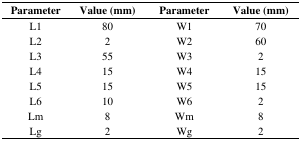
<table><thead><tr><td><b>Parameter</b></td><td><b>Value (mm)</b></td><td><b>Parameter</b></td><td><b>Value (mm)</b></td></tr></thead><tbody><tr><td>L1</td><td>80</td><td>W1</td><td>70</td></tr><tr><td>L2</td><td>2</td><td>W2</td><td>60</td></tr><tr><td>L3</td><td>55</td><td>W3</td><td>2</td></tr><tr><td>L4</td><td>15</td><td>W4</td><td>15</td></tr><tr><td>L5</td><td>15</td><td>W5</td><td>15</td></tr><tr><td>L6</td><td>10</td><td>W6</td><td>2</td></tr><tr><td>Lm</td><td>8</td><td>Wm</td><td>8</td></tr><tr><td>Lg</td><td>2</td><td>Wg</td><td>2</td></tr></tbody></table>